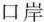
口岸